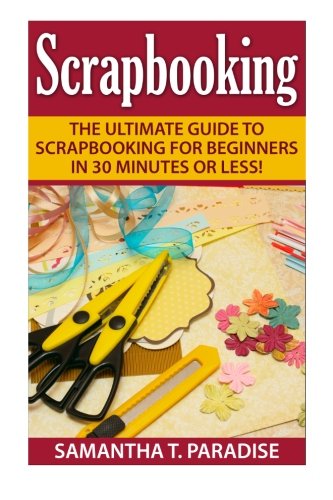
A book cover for Scrapbooking: The Ultimate guide to Scrapbooking for Beginners in 30 Minutes or Less! (Scrapbooking - How to Scrapbook - Scrapbooking for Beginners -); Samantha T. Paradise; Crafts, Hobbies & Home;